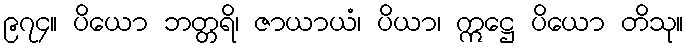
၉၇၄။ ပိယော ဘတ္တရိ၊ ဇာယာယံ၊ ပိယာ၊ ဣဋ္ဌေ ပိယော တိသု။